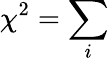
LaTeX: \chi^{2}=\sum_{i}